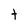
Character: t